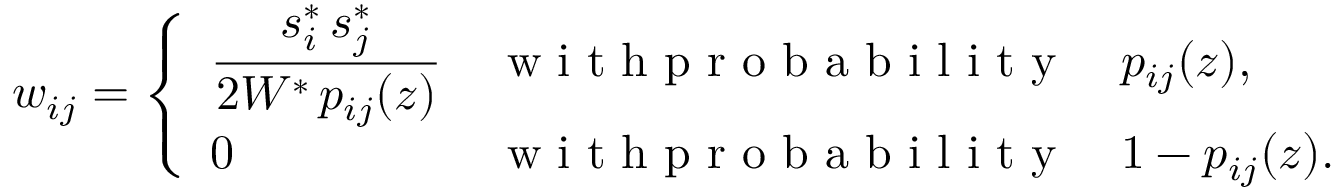
{ w } _ { i j } = \left\{ \begin{array} { l l } { \displaystyle { \frac { s _ { i } ^ { * } \, s _ { j } ^ { * } } { 2 W ^ { * } \, p _ { i j } ( z ) } } } & { \textrm { w i t h p r o b a b i l i t y } \quad p _ { i j } ( z ) , } \\ { 0 } & { \textrm { w i t h p r o b a b i l i t y } \quad 1 - p _ { i j } ( z ) . } \end{array} \right.